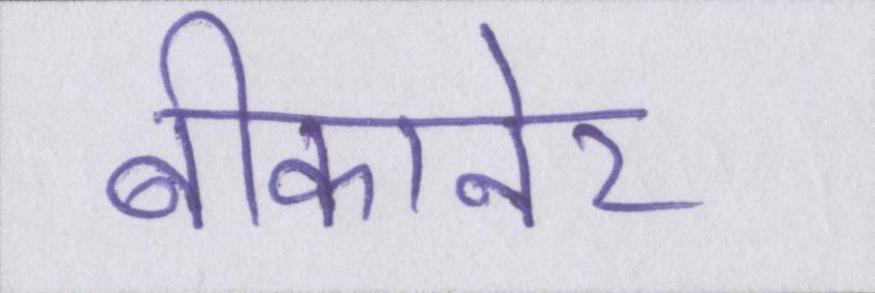
बीकानेर